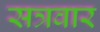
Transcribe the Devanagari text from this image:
सत्रवार